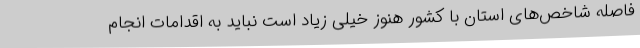
فاصله شاخص‌های استان با کشور هنوز خیلی زیاد است نباید به اقدامات انجام